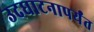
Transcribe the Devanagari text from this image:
उदघाटनापर्यंत